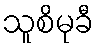
သူစိမုခီ